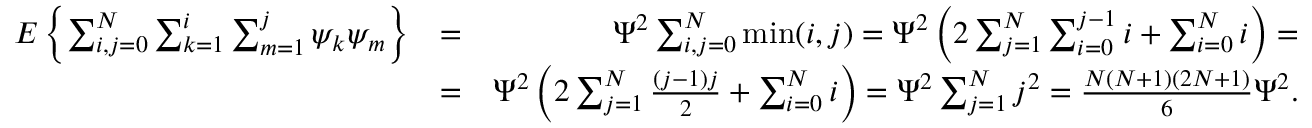
\begin{array} { r l r } { E \left\{ \sum _ { i , j = 0 } ^ { N } \sum _ { k = 1 } ^ { i } \sum _ { m = 1 } ^ { j } \psi _ { k } \psi _ { m } \right\} } & { = } & { \Psi ^ { 2 } \sum _ { i , j = 0 } ^ { N } \operatorname* { m i n } ( i , j ) = \Psi ^ { 2 } \left( 2 \sum _ { j = 1 } ^ { N } \sum _ { i = 0 } ^ { j - 1 } i + \sum _ { i = 0 } ^ { N } i \right) = } \\ & { = } & { \Psi ^ { 2 } \left( 2 \sum _ { j = 1 } ^ { N } { \frac { ( j - 1 ) j } { 2 } } + \sum _ { i = 0 } ^ { N } i \right) = \Psi ^ { 2 } \sum _ { j = 1 } ^ { N } j ^ { 2 } = { \frac { N ( N + 1 ) ( 2 N + 1 ) } { 6 } } \Psi ^ { 2 } . } \end{array}